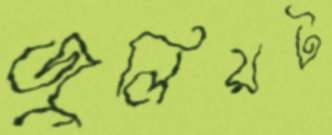
জুলিয়ট